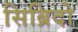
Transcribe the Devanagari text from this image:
सिब्रिदो